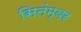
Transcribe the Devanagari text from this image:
सितंम्बर